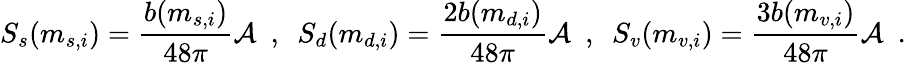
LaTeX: S_{s}(m_{s,i})={\frac{b(m_{s,i})}{48\pi}}{\cal A}~~,~~S_{d}(m_{d,i})={\frac{2b(m_{d,i})}{48\pi}}{\cal A}~~,~~S_{v}(m_{v,i})={\frac{3b(m_{v,i})}{48\pi}}{\cal A}~~.